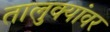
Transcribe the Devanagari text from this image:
तालुक्यांवर